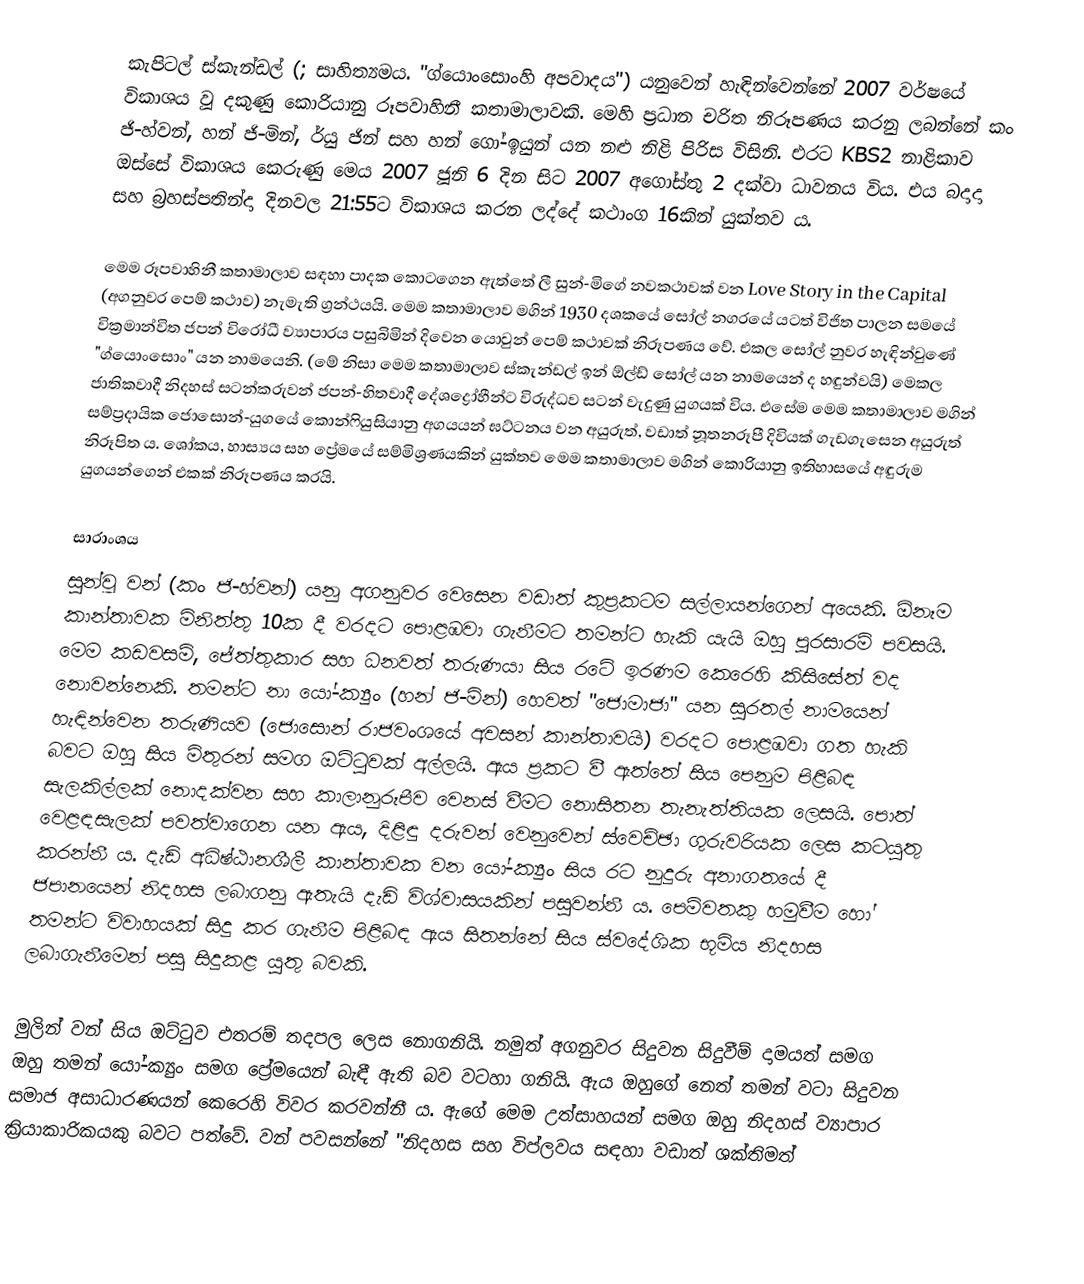
කැපිටල් ස්කැන්ඩල් (; සාහිත්‍යමය. "ග්යොංසොංහි අපවාදය") යනුවෙන් හැඳින්වෙන්නේ 2007 වර්ෂයේ විකාශය වූ දකුණු කොරියානු රූපවාහිනී කතාමාලාවකි. මෙහි ප්‍රධාන චරිත නිරූපණය කරනු ලබන්නේ කං ජි-හ්වන්, හන් ජි-මින්, ර්යු ජින් සහ හන් ගෝ-ඉයුන් යන නළු නිළි පිරිස විසිනි. එරට KBS2 නාළිකාව ඔස්සේ විකාශය කෙරුණු මෙය 2007 ජූනි 6 දින සිට 2007 අගෝස්තු 2 දක්වා ධාවනය විය. එය බදාදා සහ බ්‍රහස්පතින්දා දිනවල 21:55ට විකාශය කරන ලද්දේ කථාංග 16කින් යුක්තව ය.

මෙම රූපවාහිනී කතාමාලාව සඳහා පාදක කොටගෙන ඇත්තේ ලී සුන්-මිගේ නවකථාවක් වන  Love Story in the Capital (අගනුවර පෙම් කථාව) නැමැති ග්‍රන්ථයයි. මෙම කතාමාලාව මගින් 1930 දශකයේ සෝල් නගරයේ යටත් විජිත පාලන සමයේ වික්‍රමාන්විත ජපන් විරෝධී ව්‍යාපාරය පසුබිමින් දිවෙන යොවුන් පෙම් කථාවක් නිරූපණය වේ. එකල සෝල් නුවර හැඳින්වුණේ "ග්යොංසොං" යන නාමයෙනි. (මේ නිසා මෙම කතාමාලාව ස්කැන්ඩල් ඉන් ඕල්ඩ් සෝල් යන නාමයෙන් ද හඳුන්වයි) මෙකල ජාතිකවාදී නිදහස් සටන්කරුවන් ජපන්-හිතවාදී දේශද්‍රෝහීන්ට විරුද්ධව සටන් වැදුණු යුගයක් විය. එසේම මෙම කතාමාලාව මගින් සම්ප්‍රදායික ජොසොන්-යුගයේ කොන්ෆියුසියානු අගයයන් ඝට්ටනය වන අයුරුත්, වඩාත් නූතනරූපී දිවියක් ගැඩගැසෙන අයුරුත් නිරූපිත ය. ශෝකය, හාස්‍යය සහ ප්‍රේමයේ සම්මිශ්‍රණයකින් යුක්තව මෙම කතාමාලාව මගින් කොරියානු ඉතිහාසයේ අඳුරුම යුගයන්ගෙන් එකක් නිරූපණය කරයි.

සාරාංශය
සුන්වූ වන් (කං ජි-හ්වන්) යනු අගනුවර වෙසෙන වඩාත් කුප්‍රකටම සල්ලායන්ගෙන් අයෙකි.‍ ඕනෑම කාන්තාවක මිනිත්තු 10ක දී වරදට පොළඹවා ගැනීමට තමන්ට හැකි යැයි ඔහු පුරසාරම් පවසයි. මෙම කඩවසම්, ජේත්තුකාර සහ ධනවත් තරුණයා සිය රටේ ඉරණම කෙරෙහි කිසිසේත් වද නො‍වන්නෙකි. තමන්ට නා යෝ-ක්‍යුං (හන් ජි-මින්) හෙවත් "ජොමාජා" යන සුරතල් නාමයෙන් හැඳින්වෙන තරුණියව (ජොසොන් රාජවංශයේ අවසන් කාන්තාවයි) වරදට පොළඹවා ගත හැකි බවට ඔහු සිය මිතුරන් සමග ඔ‍ට්ටුවක් අල්ලයි. ඇය ප්‍රකට වී ඇත්තේ සිය පෙනුම පිළිබඳ සැලකිල්ලක් නොදක්වන සහ කාලානුරූපීව වෙනස් වීමට නොසිතන තැනැත්තියක ලෙසයි. පොත් වෙළඳසැලක් පවත්වාගෙන යන ඇය, දිළිඳු දරුවන් වෙනුවෙන් ස්වෙච්ඡා ගුරුවරියක ලෙස කටයුතු කරන්නී ය. දැඩි අධිෂ්ඨානශීලී කාන්තාවක වන යෝ-ක්‍යුං සිය රට නුදුරු අනාග‍තයේ දී ජපානයෙන් නිදහස ලබාගනු ඇතැයි දැඩි විශ්වාසයකින් පසුවන්නී ය. පෙම්වතකු හමුවීම හෝ තමන්ට විවාහයක් සිදු කර ගැනීම පිළිබඳ ඇය සිතන්නේ සිය ස්වදේශික භූමිය නිදහස ලබාගැනීමෙන් පසු සිදුකළ යුතු බවකි.

මුලින් වන් සිය ඔට්ටුව එතරම් තදපල ලෙස නොගනියි. නමුත් අගනුවර සිදුවන සිදුවීම් දාමයත් සමග ඔහු තමන් යෝ-ක්‍යුං සමග ප්‍රේමයෙන් බැඳී ඇති බව වටහා ගනියි. ඇය ඔහු‍ගේ නෙත් තමන් වටා සිදුවන සමාජ අසාධාරණයන් කෙරෙහි විවර කරවන්නී ය. ඇගේ මෙම උත්සාහයන් සමග ඔහු නිදහස් ව්‍යාපාර ක්‍රියාකාරිකයකු බවට පත්වේ. වන් පවසන්නේ "නිදහස සහ විප්ලවය සඳහා වඩාත් ශක්තිමත්